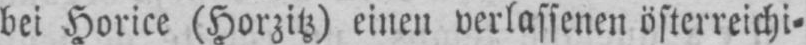
bei Horice (Horzitz) einen verlassen österreichi⸗